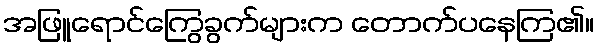
အဖြူရောင်ကြွေခွက်များက တောက်ပနေကြ၏။